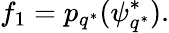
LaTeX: f_{1}=p_{q^{*}}(\psi_{q^{*}}^{*}).